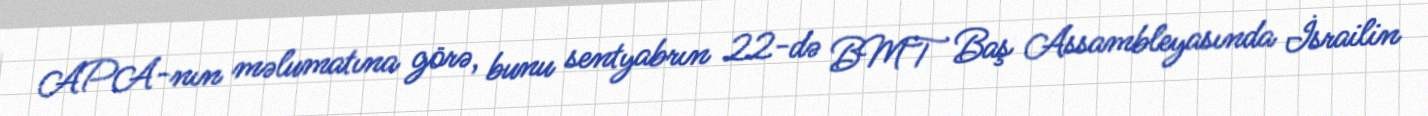
APA-nın məlumatına görə, bunu sentyabrın 22-də BMT Baş Assambleyasında İsrailin